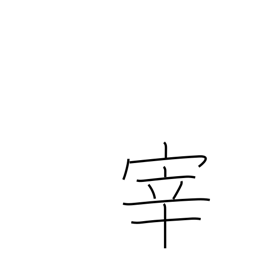
Meaning: manager